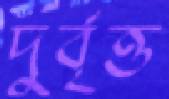
দুর্বৃত্ত